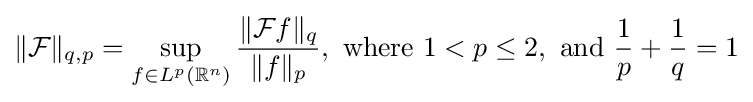
\|{\mathcal {F}}\|_{q,p}=\sup _{f\in L^{p}(\mathbb {R} ^{n})}{\frac {\|{\mathcal {F}}f\|_{q}}{\|f\|_{p}}},{\text{ where }}1<p\leq 2,{\text{ and }}{\frac {1}{p}}+{\frac {1}{q}}=1